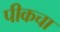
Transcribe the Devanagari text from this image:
पीकचा